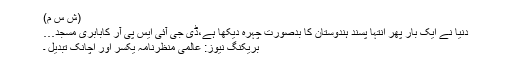
(ش س م)
دنیا نے ایک بار پھر انتہا پسند ہندوستان کا بدصورت چہرہ دیکھا ہے،ڈی جی آئی ایس پی آر کابابری مسجد…
بریکنگ نیوز: عالمی منظرنامہ یکسر اور اچانک تبدیل ۔